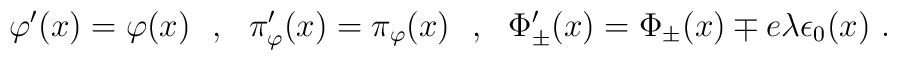
\varphi'(x)=\varphi(x)\ \ ,\ \ \pi_\varphi'(x)=\pi_\varphi(x)\ \ ,\ \ \Phi_\pm'(x)=\Phi_\pm(x) \mp e\lambda\epsilon_0(x)\ .